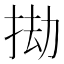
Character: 𢬱